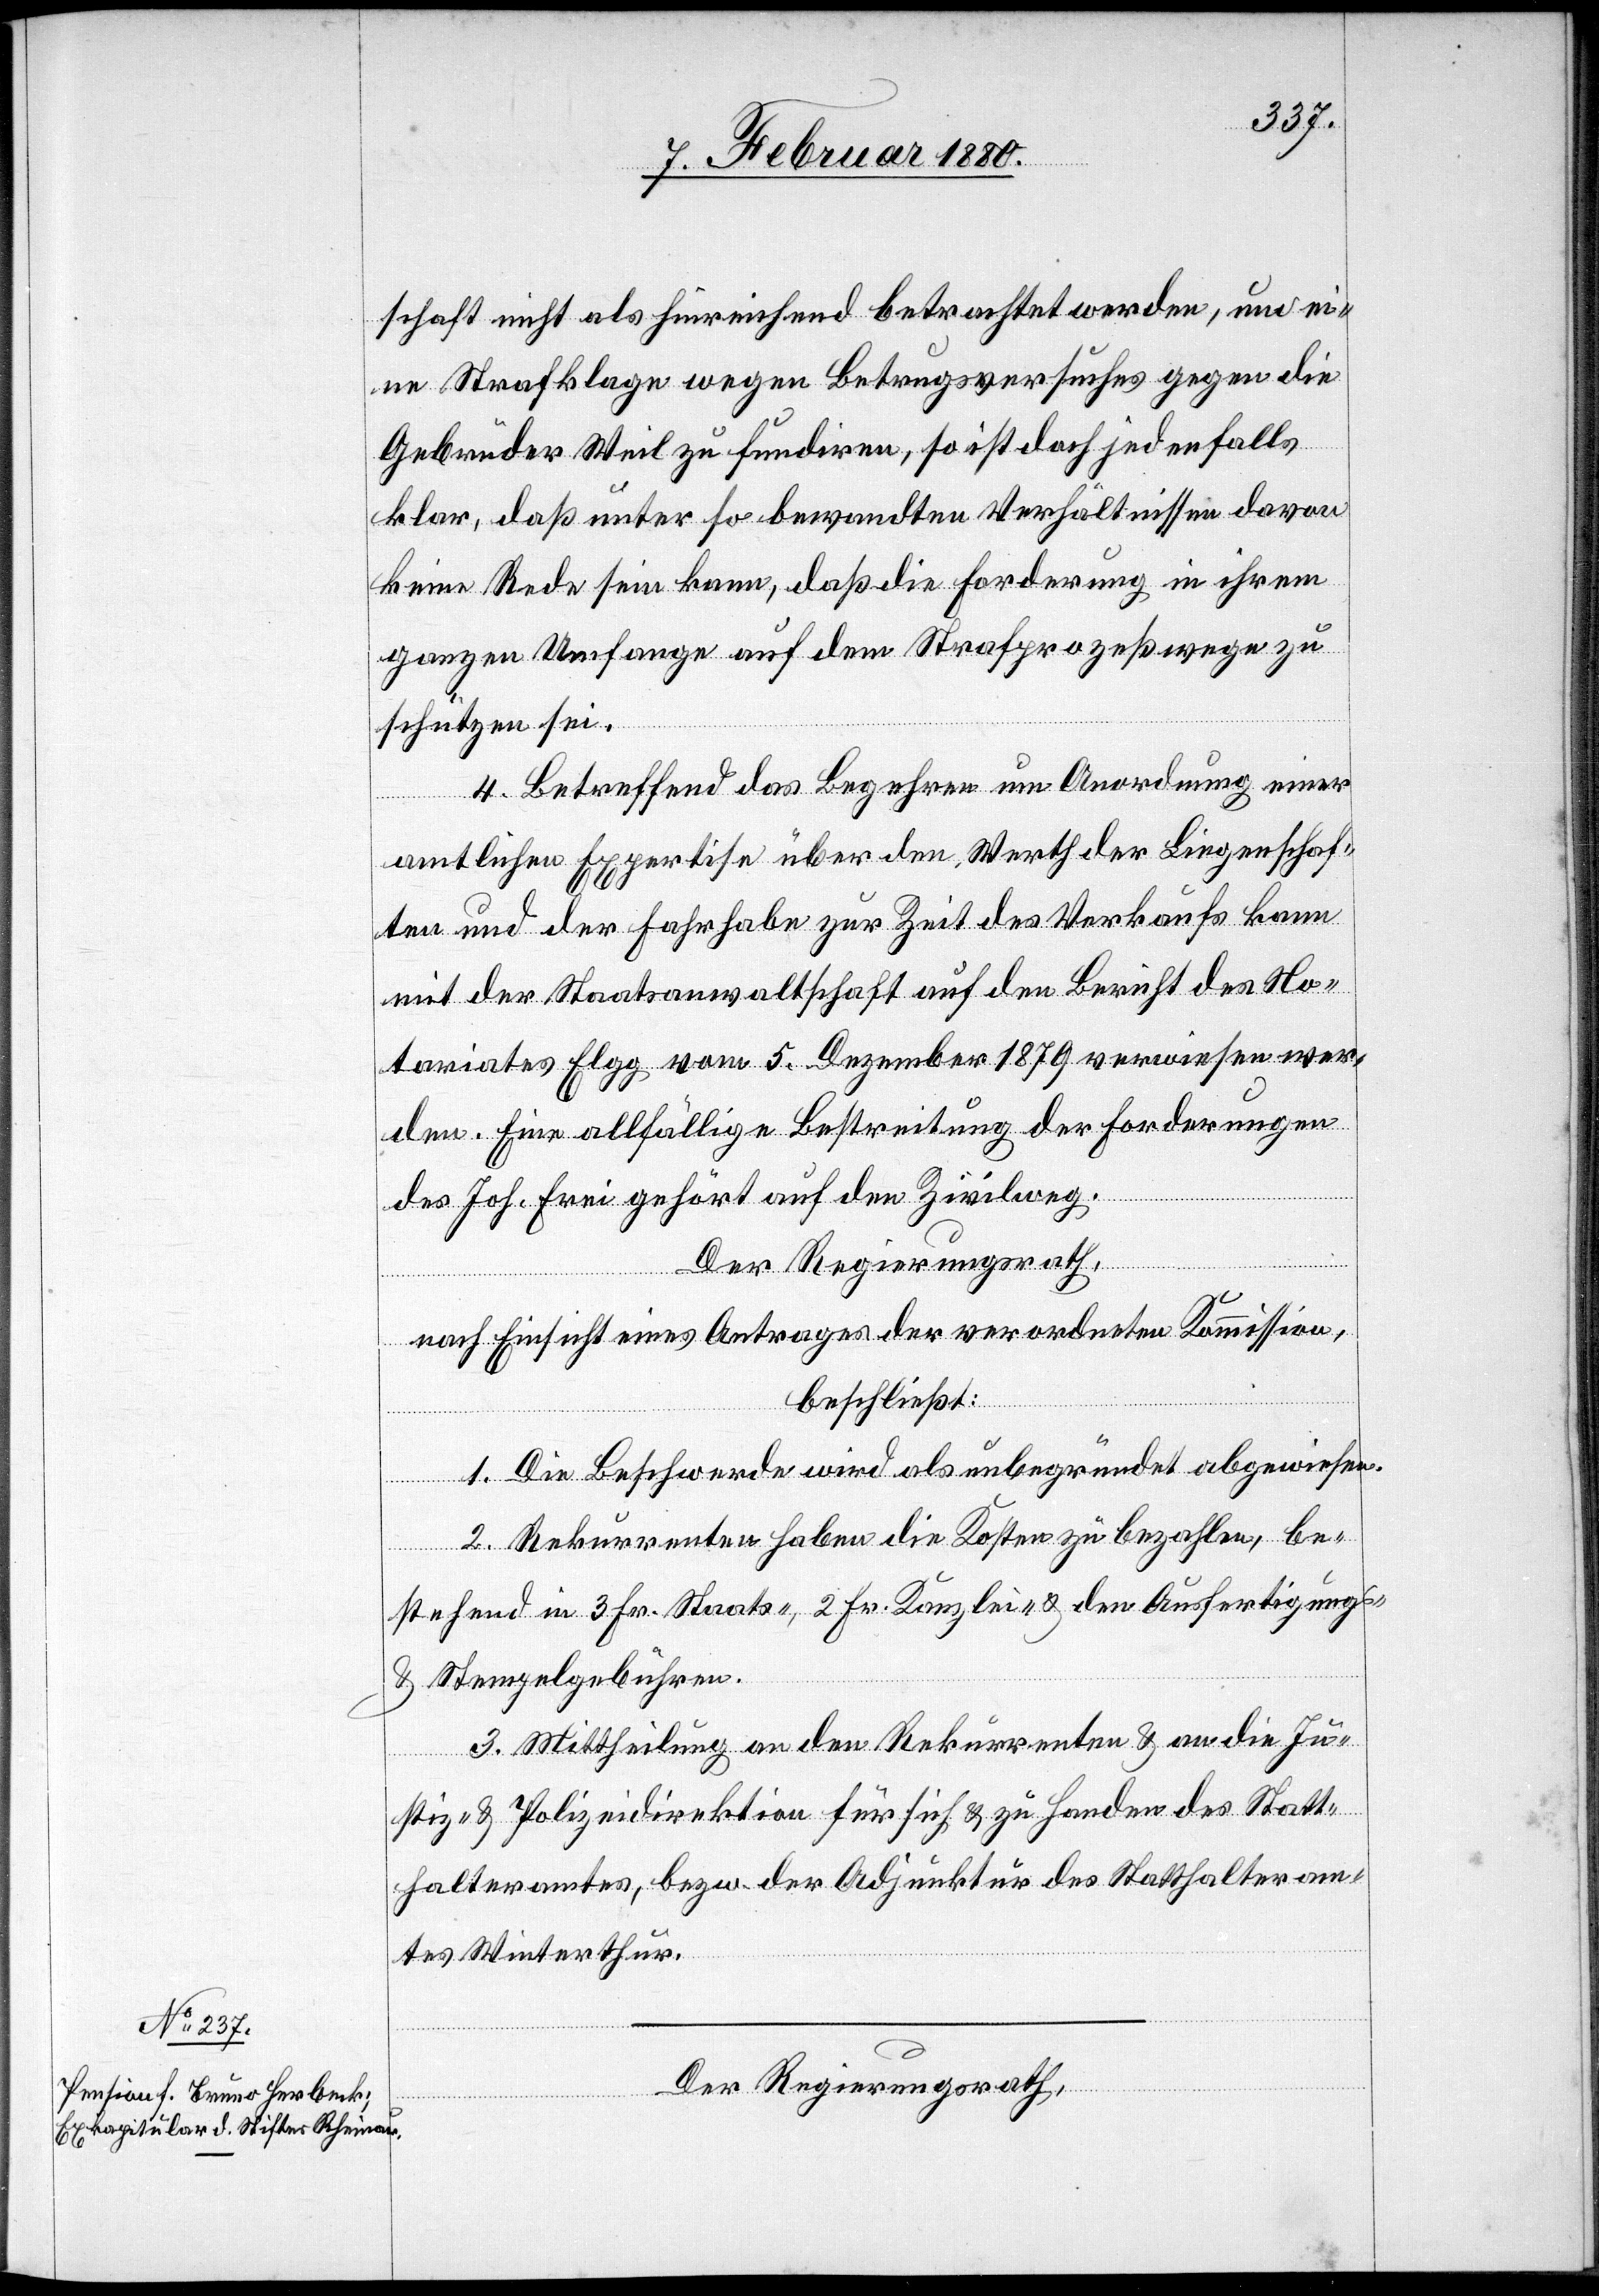
schaft nicht als hinreichend betrachtet werden, um ei¬
ne Strafklage wegen Betrugsversuches gegen die
Gebrüder Weil zu fundiren, so ist doch jedenfalls
klar, daß unter so bewandten Verhältnissen davon
keine Rede sein kann, daß die Forderung in ihrem
ganzen Umfange auf dem Strafprozeßwege zu
schützen sei.
4. Betreffend das Begehren um Anordnung einer
amtlichen Expertise über den Werth der Liegenschaf¬
ten und der Fahrhabe zur Zeit des Verkaufs kann
mit der Staatsanwaltschaft auf den Bericht des No¬
tariates Elgg vom 5. Dezember 1879 verwiesen wer¬
den. Eine allfällige Bestreitung der Forderungen
des Joh. Frei gehört auf den Zivilweg.
Der Regierungsrath,
nach Einsicht eines Antrages der verordneten Kommission,
beschließt:
1. Die Beschwerde wird als unbegründet abgewiesen.
2. Rekurrenten haben die Kosten zu bezahlen, be¬
stehend in 3 Fr. Staats-, 2 Fr. Kanzlei- & den Ausfertigungs-
& Stempelgebühren.
3. Mittheilung an den Rekurrenten & an die Ju¬
stiz- & Polizeidirektion für sich & zu Handen des Statt¬
halteramtes, bezw. der Adjunktur des Statthalteram¬
tes Winterthur.
Der Regierungsrath,